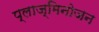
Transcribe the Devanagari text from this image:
प्लाज्मिनोजन